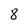
Character: 8